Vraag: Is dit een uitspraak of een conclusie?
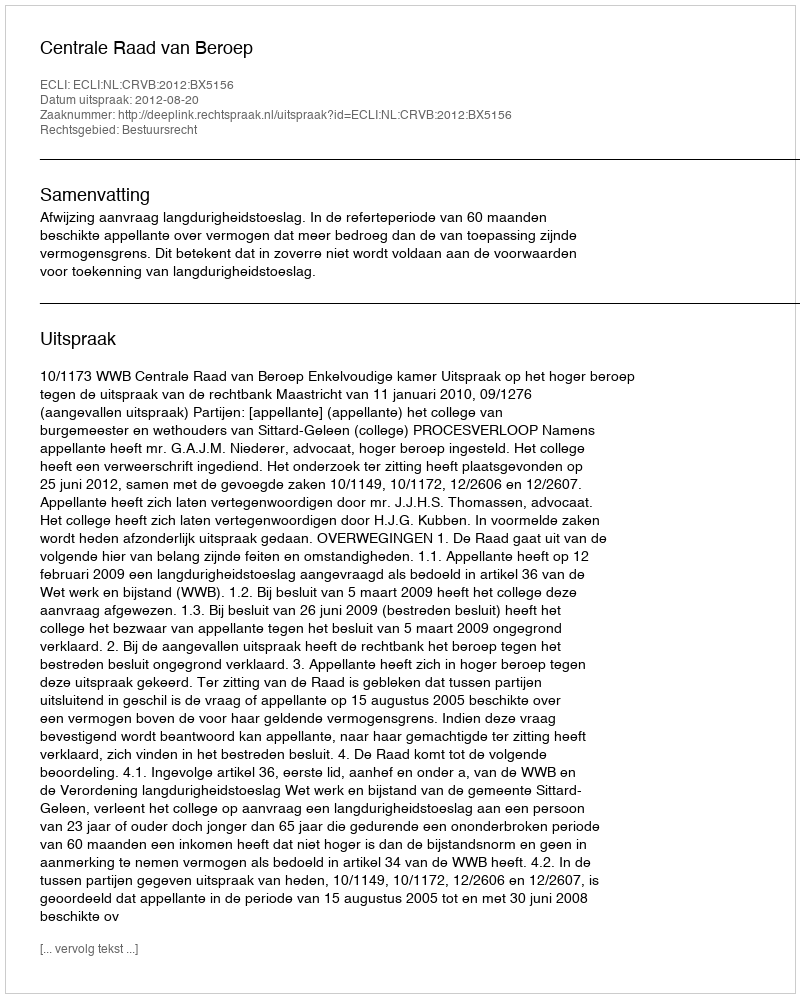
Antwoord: Uitspraak